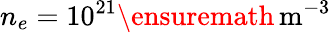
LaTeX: n_{e}=10^{21}\ensuremath{\, \mathrm{m^{-3}}}